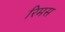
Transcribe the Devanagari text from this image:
रिमस